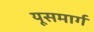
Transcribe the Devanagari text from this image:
यूसमार्ग